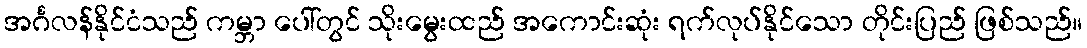
အင်္ဂလန်နိုင်ငံသည် ကမ္ဘာ ပေါ်တွင် သိုးမွေးထည် အကောင်းဆုံး ရက်လုပ်နိုင်သော တိုင်းပြည် ဖြစ်သည်။